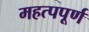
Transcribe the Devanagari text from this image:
महत्‍पपूर्ण